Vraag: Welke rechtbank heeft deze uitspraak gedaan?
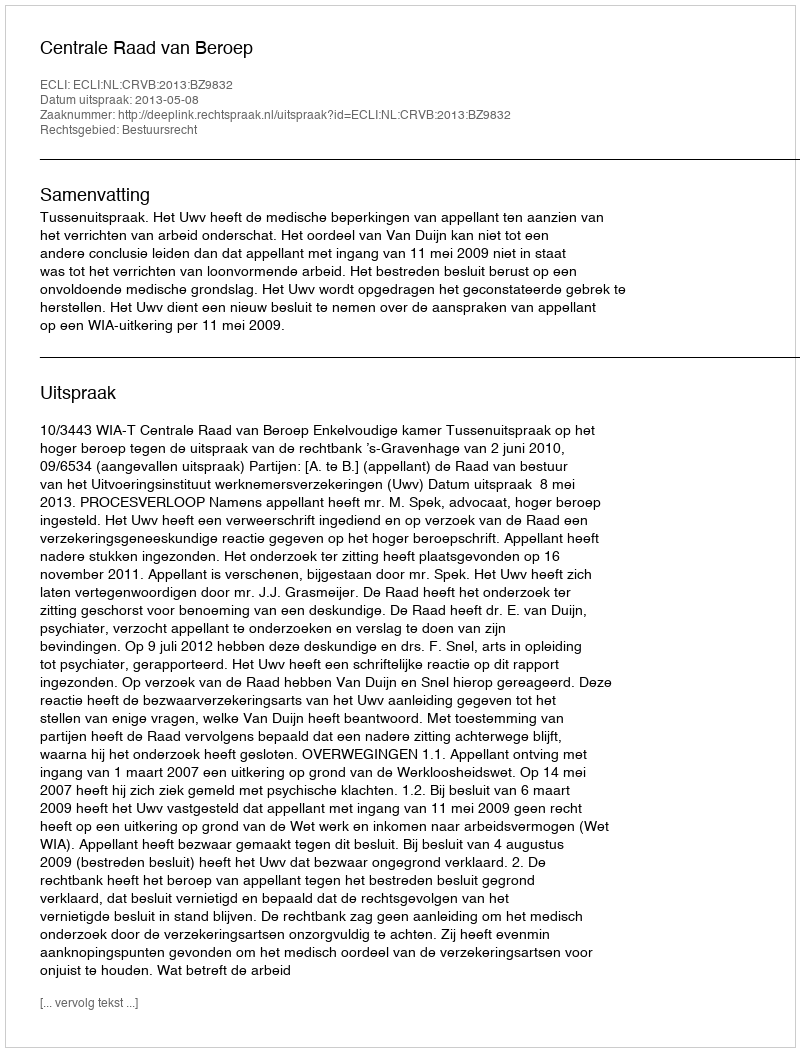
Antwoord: Centrale Raad van Beroep